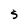
Character: S